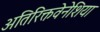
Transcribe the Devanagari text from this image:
अतिरिक्तवेनेशिया